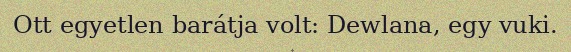
Ott egyetlen barátja volt: Dewlana, egy vuki.